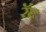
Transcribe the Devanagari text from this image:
रॅद